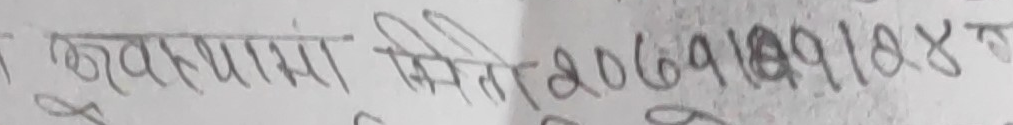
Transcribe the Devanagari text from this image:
खुवस्थामा मिति २०७१/०१/४ ग